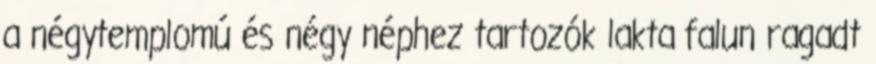
a négytemplomú és négy néphez tartozók lakta falun ragadt